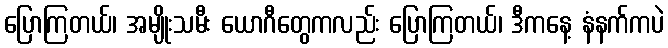
ပြောကြတယ်၊ အမျိုးသမီး ယောဂီတွေကလည်း ပြောကြတယ်၊ ဒီကနေ့ နံနက်ကပဲ